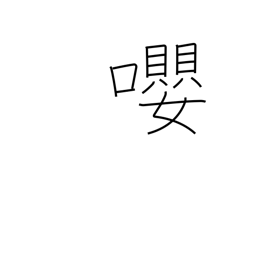
Meaning: birds singing together